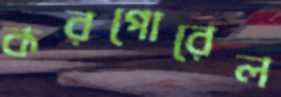
করপোরেল